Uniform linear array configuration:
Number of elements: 12
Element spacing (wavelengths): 0.5
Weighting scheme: hamming
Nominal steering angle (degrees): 30
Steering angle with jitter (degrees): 29.705
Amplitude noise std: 0.05
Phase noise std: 0.05

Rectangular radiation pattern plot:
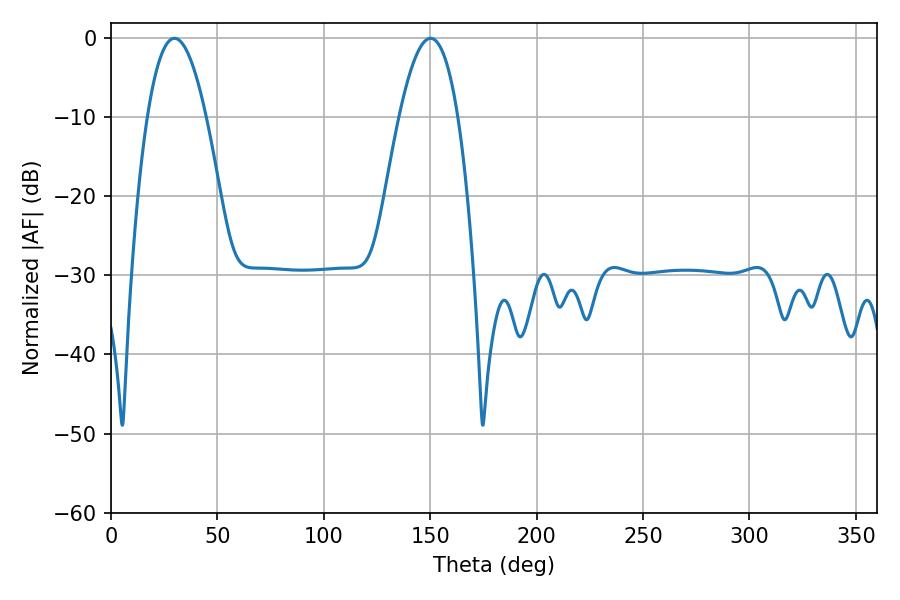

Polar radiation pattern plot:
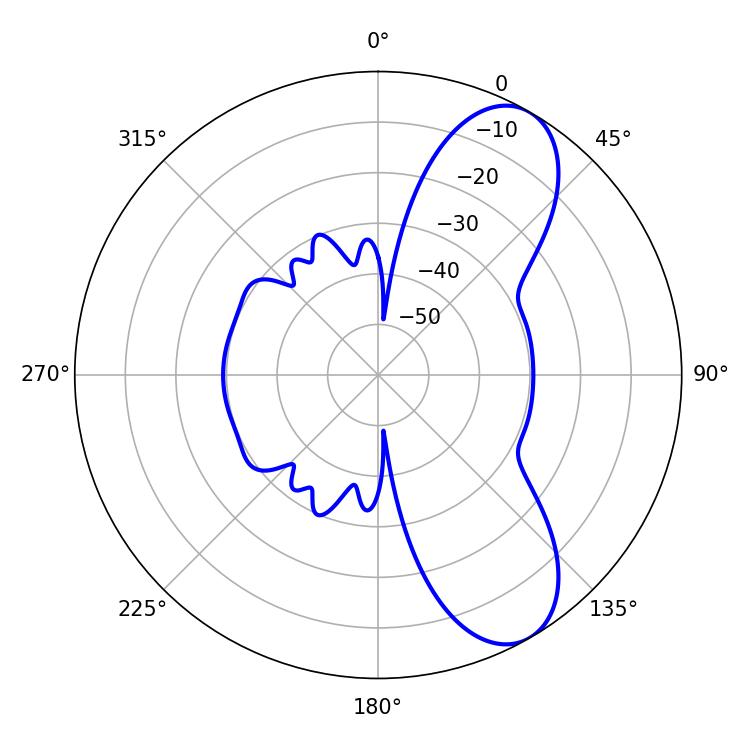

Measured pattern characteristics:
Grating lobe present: FALSE
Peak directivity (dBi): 8.436
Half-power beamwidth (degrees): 15.3
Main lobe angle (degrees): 29.88